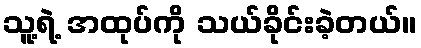
သူ့ရဲ့ အထုပ်ကို သယ်ခိုင်းခဲ့တယ်။